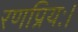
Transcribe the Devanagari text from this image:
रणप्रियः।